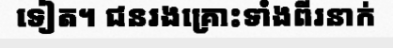
ទៀត។ ជនរងគ្រោះទាំងពីរនាក់